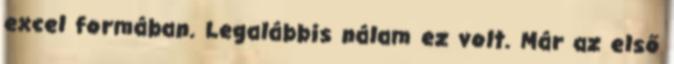
excel formában. Legalábbis nálam ez volt. Már az első